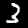
Label: 3